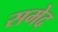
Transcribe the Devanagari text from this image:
समेद